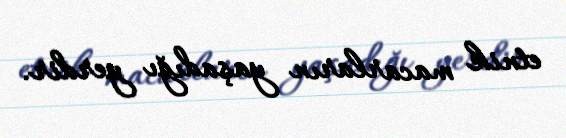
etnik macarların yaşadığı yerdir.